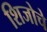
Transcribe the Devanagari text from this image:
शिजोचे